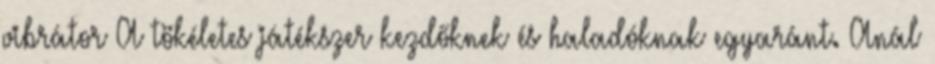
vibrátor A tökéletes játékszer kezdőknek és haladóknak egyaránt. Anál